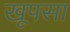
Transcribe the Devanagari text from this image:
खूपसा